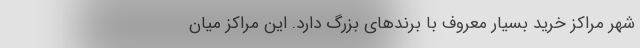
شهر مراکز خرید بسیار معروف با برند‌های بزرگ دارد. این مراکز میان